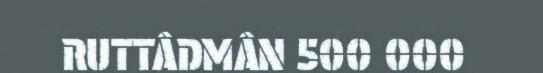
RUTTÂDMÂN 500 000